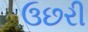
ઉછરી